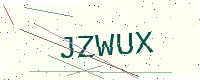
Text: JZWUX